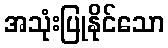
အသုံးပြုနိုင်သော